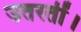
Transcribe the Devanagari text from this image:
उतरतीं।